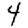
Digit: 4